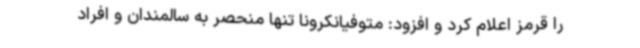
را قرمز اعلام کرد و افزود: متوفیانکرونا تنها منحصر به سالمندان و افراد